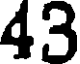
43